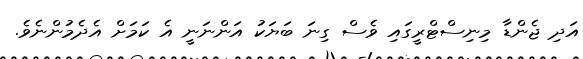
އަދި ޖެންޑާ މިނިސްޓްރީގައި ވެސް ގިނަ ބަޔަކު އަންނަނީ އެ ކަމަށް އެދެމުންނެވެ.